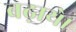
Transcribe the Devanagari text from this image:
बढ़ाये।